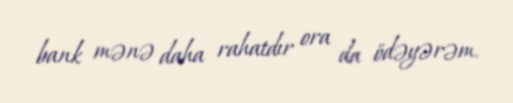
bank mənə daha rahatdır ora da ödəyərəm.